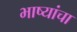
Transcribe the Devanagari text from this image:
भाष्यांचा